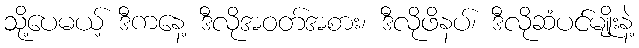
သို့ပေမယ့် ဒီကနေ့ ဒီလိုအဝတ်အစား၊ ဒီလိုဖိနပ်၊ ဒီလိုဆံပင်မျိုးနဲ့